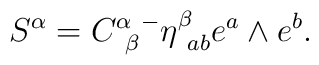
S^{\alpha } = C^{\alpha }_{\ \beta } {}^{-} \eta^{\beta}_{\ ab} e^a \wedge e^b.  \label M